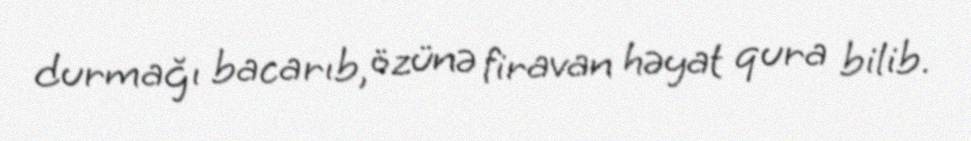
durmağı bacarıb, özünə firavan həyat qura bilib.